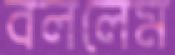
বললেম